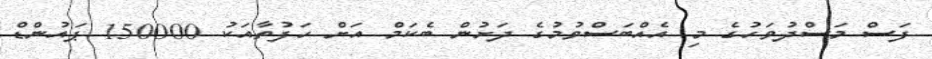
ފަސް މަސްދުވަހުގެ މި އެއްބަސްވުމުގެ ދަށުން ބެކަމް އަށް ހަފުތާއަކު 150000 ޕައުންޑް